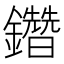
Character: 𨯩